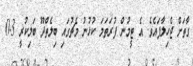
ގާތަށް ޖެހިލާފައެވެ. އެ ޓީމުން ފުރަތަމަ ކުޅުނު މެޗުގައި ބިލެތްދޫ ބަލިކުރީ 3-0